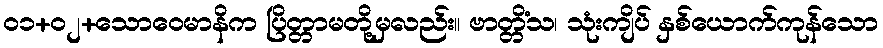
၀၁+၀၂+သောဝေမာနိက ပြိတ္တာမတို့မှလည်း။ ဗာတ္တိံသ၊ သုံးကျိပ် နှစ်ယောက်ကုန်သော